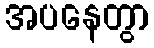
အပနေတွာ